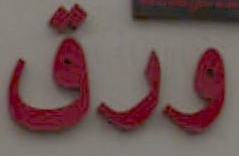
ورق